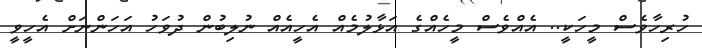
ހުރިހާވެސް މީހަކީ.. އެއްވެސް މީހެއްގެ އަޅާލުމެއް އެހީއެއް ނުލިބުން ދުވަހު އަހަންނަށް އެހީވީ